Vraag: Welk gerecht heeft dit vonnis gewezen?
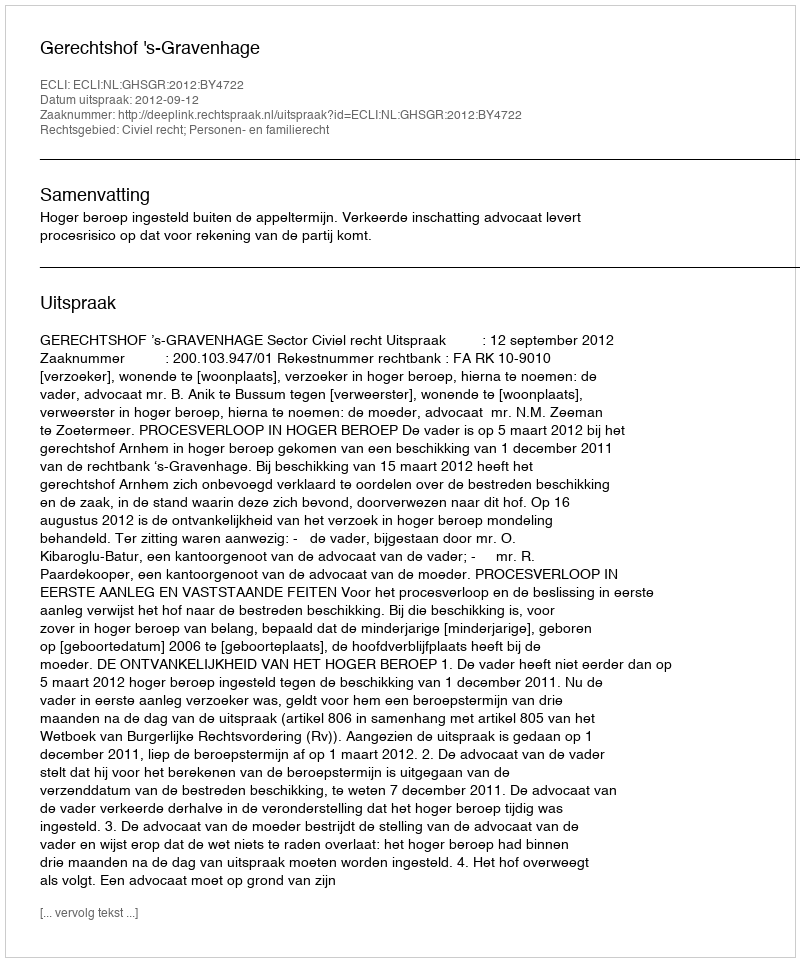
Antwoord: Gerechtshof 's-Gravenhage